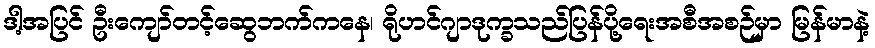
ဒါ့အပြင် ဦးကျော်တင့်ဆွေဘက်ကနေ၊ ရိုဟင်ဂျာဒုက္ခသည်ပြန်ပို့ရေးအစီအစဉ်မှာ မြန်မာနဲ့